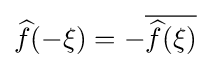
{\widehat {f}}(-\xi )=-{\overline {{\widehat {f}}(\xi )}}